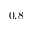
0 . 8